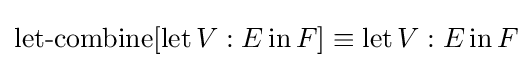
\operatorname {let-combine} [\operatorname {let} V:E\operatorname {in} F]\equiv \operatorname {let} V:E\operatorname {in} F